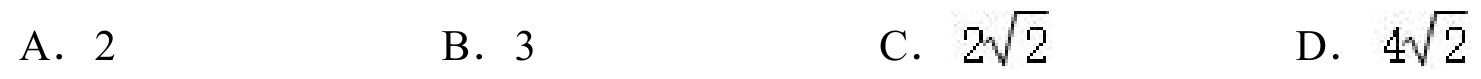
A. \(2\)  B. \(3\)  C. \(2\sqrt{2}\)  D. \(4\sqrt{2}\)